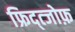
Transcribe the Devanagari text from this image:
फ्रिद्त्जोफ़